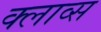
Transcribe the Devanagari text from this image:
क्लाव्स